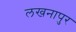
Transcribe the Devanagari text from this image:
लखनापुर